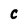
Character: C